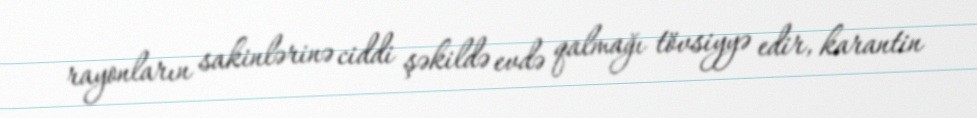
rayonların sakinlərinə ciddi şəkildə evdə qalmağı tövsiyyə edir, karantin